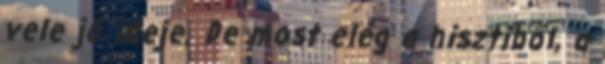
vele jó ideje. De most elég a hisztiből, a